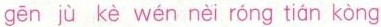
gēn jù kè wén nèi róng tián kòng